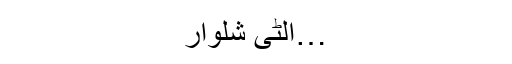
…الٹی شلوار